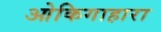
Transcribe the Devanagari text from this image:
ओकिगाहारा